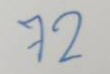
72